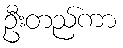
ဦးတည်ကာ